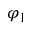
\varphi _ { 1 }